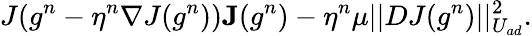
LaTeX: J(g^{n}-\eta^{n}\nabla J(g^{n}))\le J(g^{n})-\eta^{n}\mu||DJ(g^{n})||_{U_{ad}}^{2}.